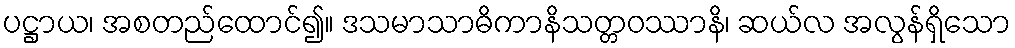
ပဋ္ဌာယ၊ အစတည်ထောင်၍။ ဒသမာသာဓိကာနိသတ္တဝဿာနိ၊ ဆယ်လ အလွန်ရှိသော